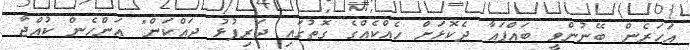
އަހަރެން ބޭނުންވީ ބައްޕައާ ދެކޮޅަށް ހެއްކެއްގެ ގޮތުގައި ދަރިފުޅު ދައްކަން" އަންހެން ކުއްޖާ